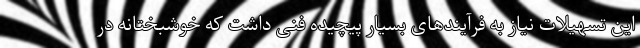
این تسهیلات نیاز به فرآیندهای بسیار پیچیده فنی داشت که خوشبختانه در